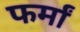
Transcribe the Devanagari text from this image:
फर्मां